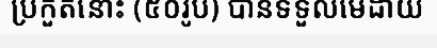
ប្រកួតនោះ (៥០រូប) បានទទួលមេដាយ